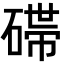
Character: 𬒛